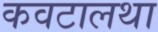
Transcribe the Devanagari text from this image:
कवटालथा